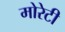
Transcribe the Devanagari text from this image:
मोरेटी